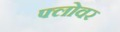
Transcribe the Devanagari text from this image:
फ्लोवर